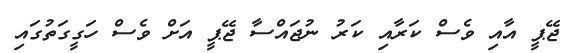
ޖޭޕީ އާއި ވެސް ކަރާއި ކަރު ނުޖައްސާ ޖޭޕީ އަށް ވެސް ހަގީގަތުގައި